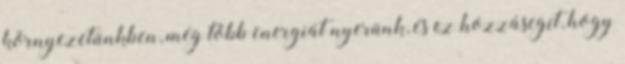
környezetünkben, még több energiát nyerünk, és ez hozzásegít, hogy